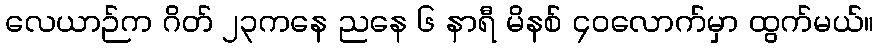
လေယာဉ်က ဂိတ် ၂၃ကနေ ညနေ ၆ နာရီ မိနစ် ၄၀လောက်မှာ ထွက်မယ်။